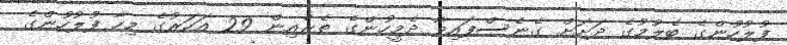
ފުލުހުންގެ ބެލުމުގެ ދަށަށް ގެނެސްފައިވާ ދެމީހުންގެ ތެރެއިން 29 އަހަރުގެ މިހާ ފުލުހުންގެ